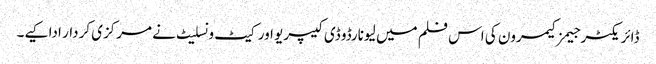
ڈائریکٹر جیمز کیمرون کی اس فلم میں لیونارڈو ڈی کیپریو اور کیٹ ونسلیٹ نے مرکزی کردار ادا کیے۔